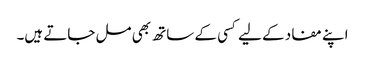
اپنے مفاد کے لیے کسی کے ساتھ بھی مل جاتے ہیں۔